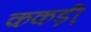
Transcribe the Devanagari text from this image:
ककड़ी़